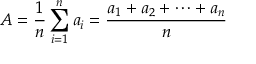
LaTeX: A = { \frac { 1 } { n } } \sum _ { i = 1 } ^ { n } a _ { i } = { \frac { a _ { 1 } + a _ { 2 } + \cdots + a _ { n } } { n } }